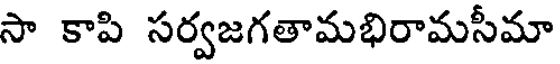
సా కాపి సర్వజగతామభిరామసీమా